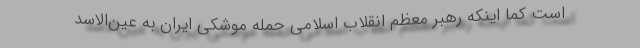
است کما اینکه رهبر معظم انقلاب اسلامی حمله موشکی ایران به عین‌الاسد